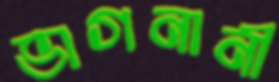
ভাগনানী